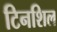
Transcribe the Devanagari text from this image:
टिनशिल